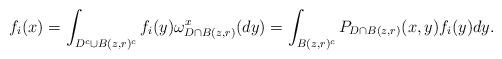
LaTeX: \begin{align*}f_i(x)=\int_{D^c\cup B(z,r)^c}f_i(y)\omega^x_{D\cap B(z,r)}(dy)=\int_{B(z,r)^c}P_{D\cap B(z,r)}(x,y)f_i(y)dy.\end{align*}